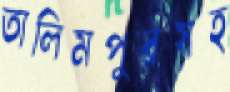
তালিমপুরসহ